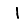
Digit: 1